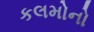
કલમોનો